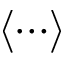
\langle \cdots \rangle